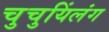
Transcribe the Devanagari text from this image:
चुचुयिंलंग